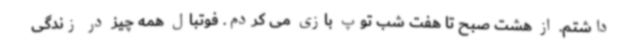
داشتم. از هشت صبح تا هفت شب توپ بازی می کردم. فوتبال همه چیز در زندگی